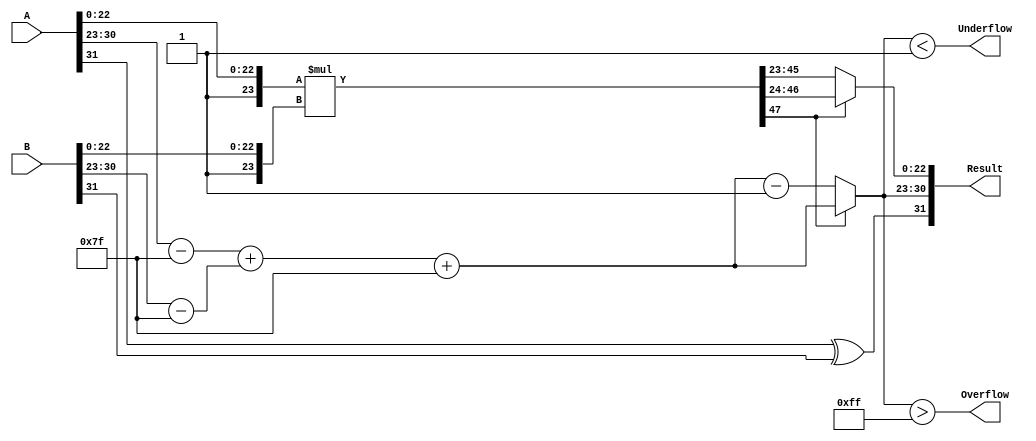
module float_mult (
    input  wire [31:0] A,      // First floating-point operand
    input  wire [31:0] B,      // Second floating-point operand
    output wire [31:0] Result,  // Resulting floating-point product
    output wire Overflow,        // Overflow flag
    output wire Underflow        // Underflow flag
);

// Internal signals
wire signA, signB, signResult;
wire [7:0] expA, expB, expResult;
wire [23:0] mantA, mantB, mantResult;
wire [47:0] mantProduct; // 23 + 23 + 1 for the implicit leading 1
wire [7:0] expA_bias, expB_bias, expProduct;
wire mantProduct_is_normalized;
wire [23:0] normalized_mant;

assign signA = A[31];
assign signB = B[31];
assign expA = A[30:23];
assign expB = B[30:23];
assign mantA = {1'b1, A[22:0]}; // Implicit leading 1 for normalized numbers
assign mantB = {1'b1, B[22:0]}; // Implicit leading 1 for normalized numbers

// Sign of the result
assign signResult = signA ^ signB;

// Exponent calculation
assign expA_bias = expA - 8'd127; // Remove bias
assign expB_bias = expB - 8'd127; // Remove bias
assign expProduct = expA_bias + expB_bias + 8'd127; // Add bias back

// Mantissa multiplication
assign mantProduct = mantA * mantB;

// Normalization
assign mantProduct_is_normalized = mantProduct[47]; // Check for normalized

// Normalization logic
assign normalized_mant = mantProduct_is_normalized ? mantProduct[46:24] : mantProduct[45:23]; // Shift right if not normalized
assign expResult = mantProduct_is_normalized ? expProduct : expProduct - 8'd1;

// Result assembly (considering rounding)
assign Result = {signResult, expResult, normalized_mant[22:0]};

// Overflow and underflow detection
assign Overflow = expResult > 8'd255; // If exponent is greater than max
assign Underflow = expResult < 8'd1;   // If exponent is less than minimum (subnormal)

endmodule